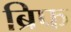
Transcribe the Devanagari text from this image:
ब्रिफ